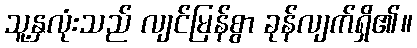
သူ့နှလုံးသည် လျင်မြန်စွာ ခုန်လျက်ရှိ၏။